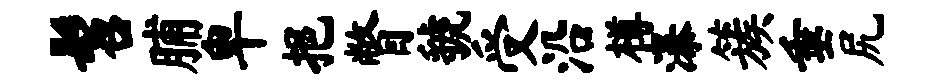
髫脯卑挹瞥虢受沿樽瀑簇垂尻